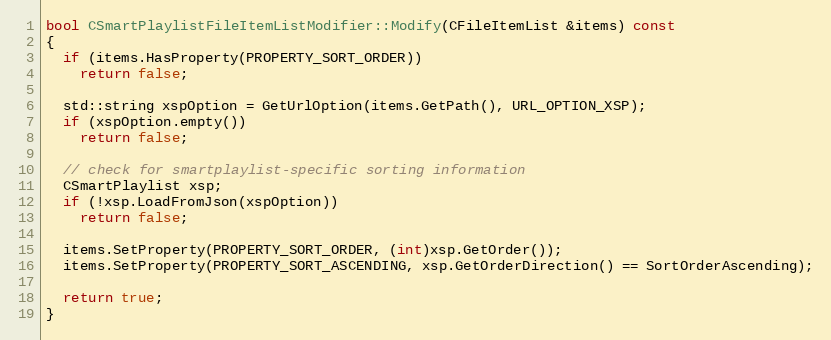
Language: C++
bool CSmartPlaylistFileItemListModifier::Modify(CFileItemList &items) const
{
  if (items.HasProperty(PROPERTY_SORT_ORDER))
    return false;

  std::string xspOption = GetUrlOption(items.GetPath(), URL_OPTION_XSP);
  if (xspOption.empty())
    return false;

  // check for smartplaylist-specific sorting information
  CSmartPlaylist xsp;
  if (!xsp.LoadFromJson(xspOption))
    return false;

  items.SetProperty(PROPERTY_SORT_ORDER, (int)xsp.GetOrder());
  items.SetProperty(PROPERTY_SORT_ASCENDING, xsp.GetOrderDirection() == SortOrderAscending);

  return true;
}